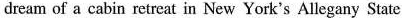
dream of a cabin retreat in New York's Allegany State